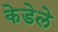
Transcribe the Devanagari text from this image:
केडेले